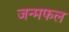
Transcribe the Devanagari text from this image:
जन्मफल